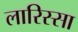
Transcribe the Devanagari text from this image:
लारिस्सा